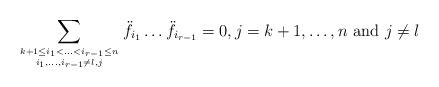
LaTeX: \begin{align*}\sum_{k+1\leq i_1<\ldots<i_{r-1}\leq n \atop i_1,\ldots,i_{r-1}\not=l,j}\ddot{f}_{i_1}\ldots\ddot{f}_{i_{r-1}}=0, j=k+1,\ldots ,n\,\, \mbox{and $j\neq l$}\end{align*}